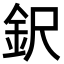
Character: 鈬